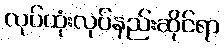
လုပ်ထုံးလုပ်နည်းဆိုင်ရာ